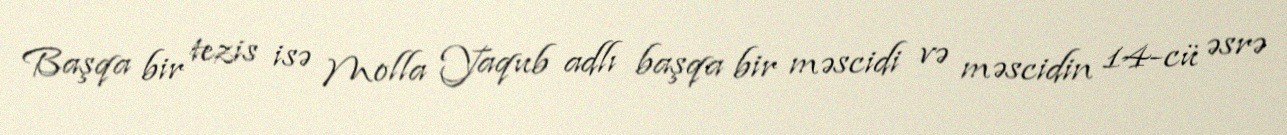
Başqa bir tezis isə Molla Yaqub adlı başqa bir məscidi və məscidin 14-cü əsrə